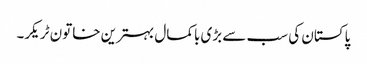
پاکستان کی سب سے بڑی باکمال بہترین خاتون ٹریکر۔